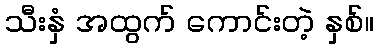
သီးနှံ အထွက် ကောင်းတဲ့ နှစ်။